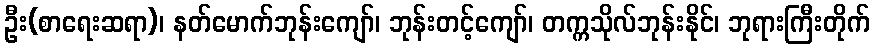
ဦး(စာရေးဆရာ)၊ နတ်မောက်ဘုန်းကျော်၊ ဘုန်းတင့်ကျော်၊ တက္ကသိုလ်ဘုန်းနိုင်၊ ဘုရားကြီးတိုက်